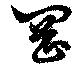
岡